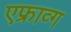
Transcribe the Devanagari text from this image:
एफ्राव्ग